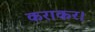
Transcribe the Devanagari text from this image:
कराकर।